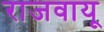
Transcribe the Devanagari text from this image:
राजवायू